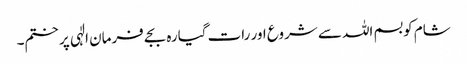
شام کو بسم اللہ سے شروع اور رات گیارہ بجے فرمان الٰہی پر ختم۔